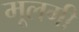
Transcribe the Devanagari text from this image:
मूलगी